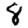
Digit: 8